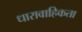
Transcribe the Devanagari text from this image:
धारावाहिकता